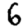
Digit: 6